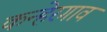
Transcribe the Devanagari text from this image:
कन्हेरगाव